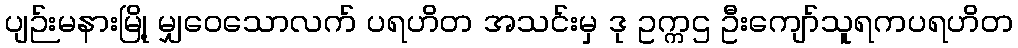
ပျဉ်းမနားမြို့ မျှဝေသောလက် ပရဟိတ အသင်းမှ ဒု ဥက္ကဌ ဦးကျော်သူရကပရဟိတ